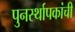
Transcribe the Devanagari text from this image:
पुनर्स्थापकांची